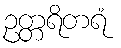
ဥတ္တရိတရံ